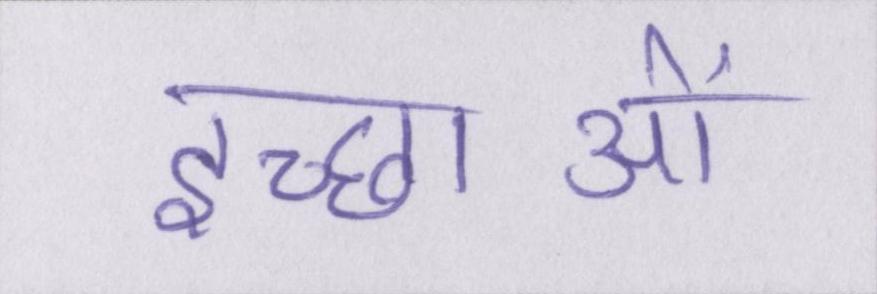
इच्छाओं